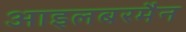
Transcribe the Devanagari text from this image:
आइलबरमैन